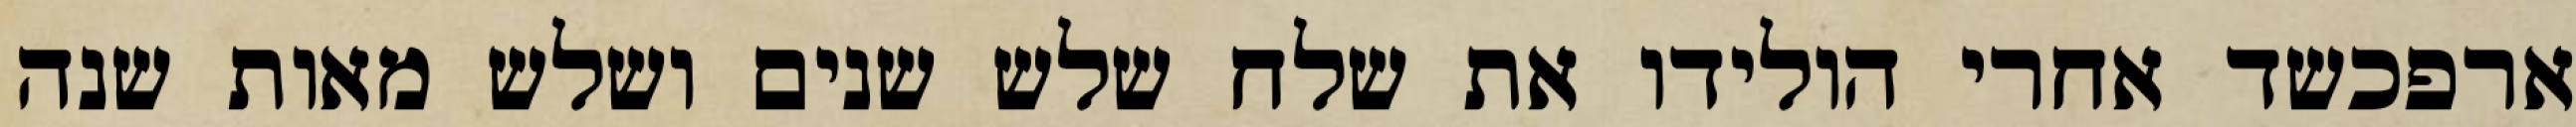
ארפכשד אחרי הולידו את שלח שלש שנים ושלש מאות שנה